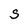
Character: S